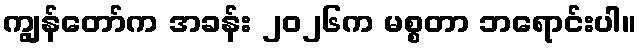
ကျွန်တော်က အခန်း ၂၀၂၆က မစ္စတာ ဘရောင်းပါ။